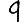
Digit: 9